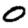
Digit: 0